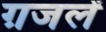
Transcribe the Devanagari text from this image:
ग़जलें